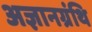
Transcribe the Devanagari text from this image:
अज्ञानग्रंथि